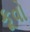
કૂવો